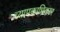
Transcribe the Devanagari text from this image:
व्यापकाधिकार